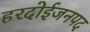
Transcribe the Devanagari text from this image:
हरदोईजनपद